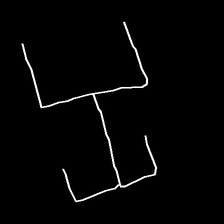
Glyph: entwine